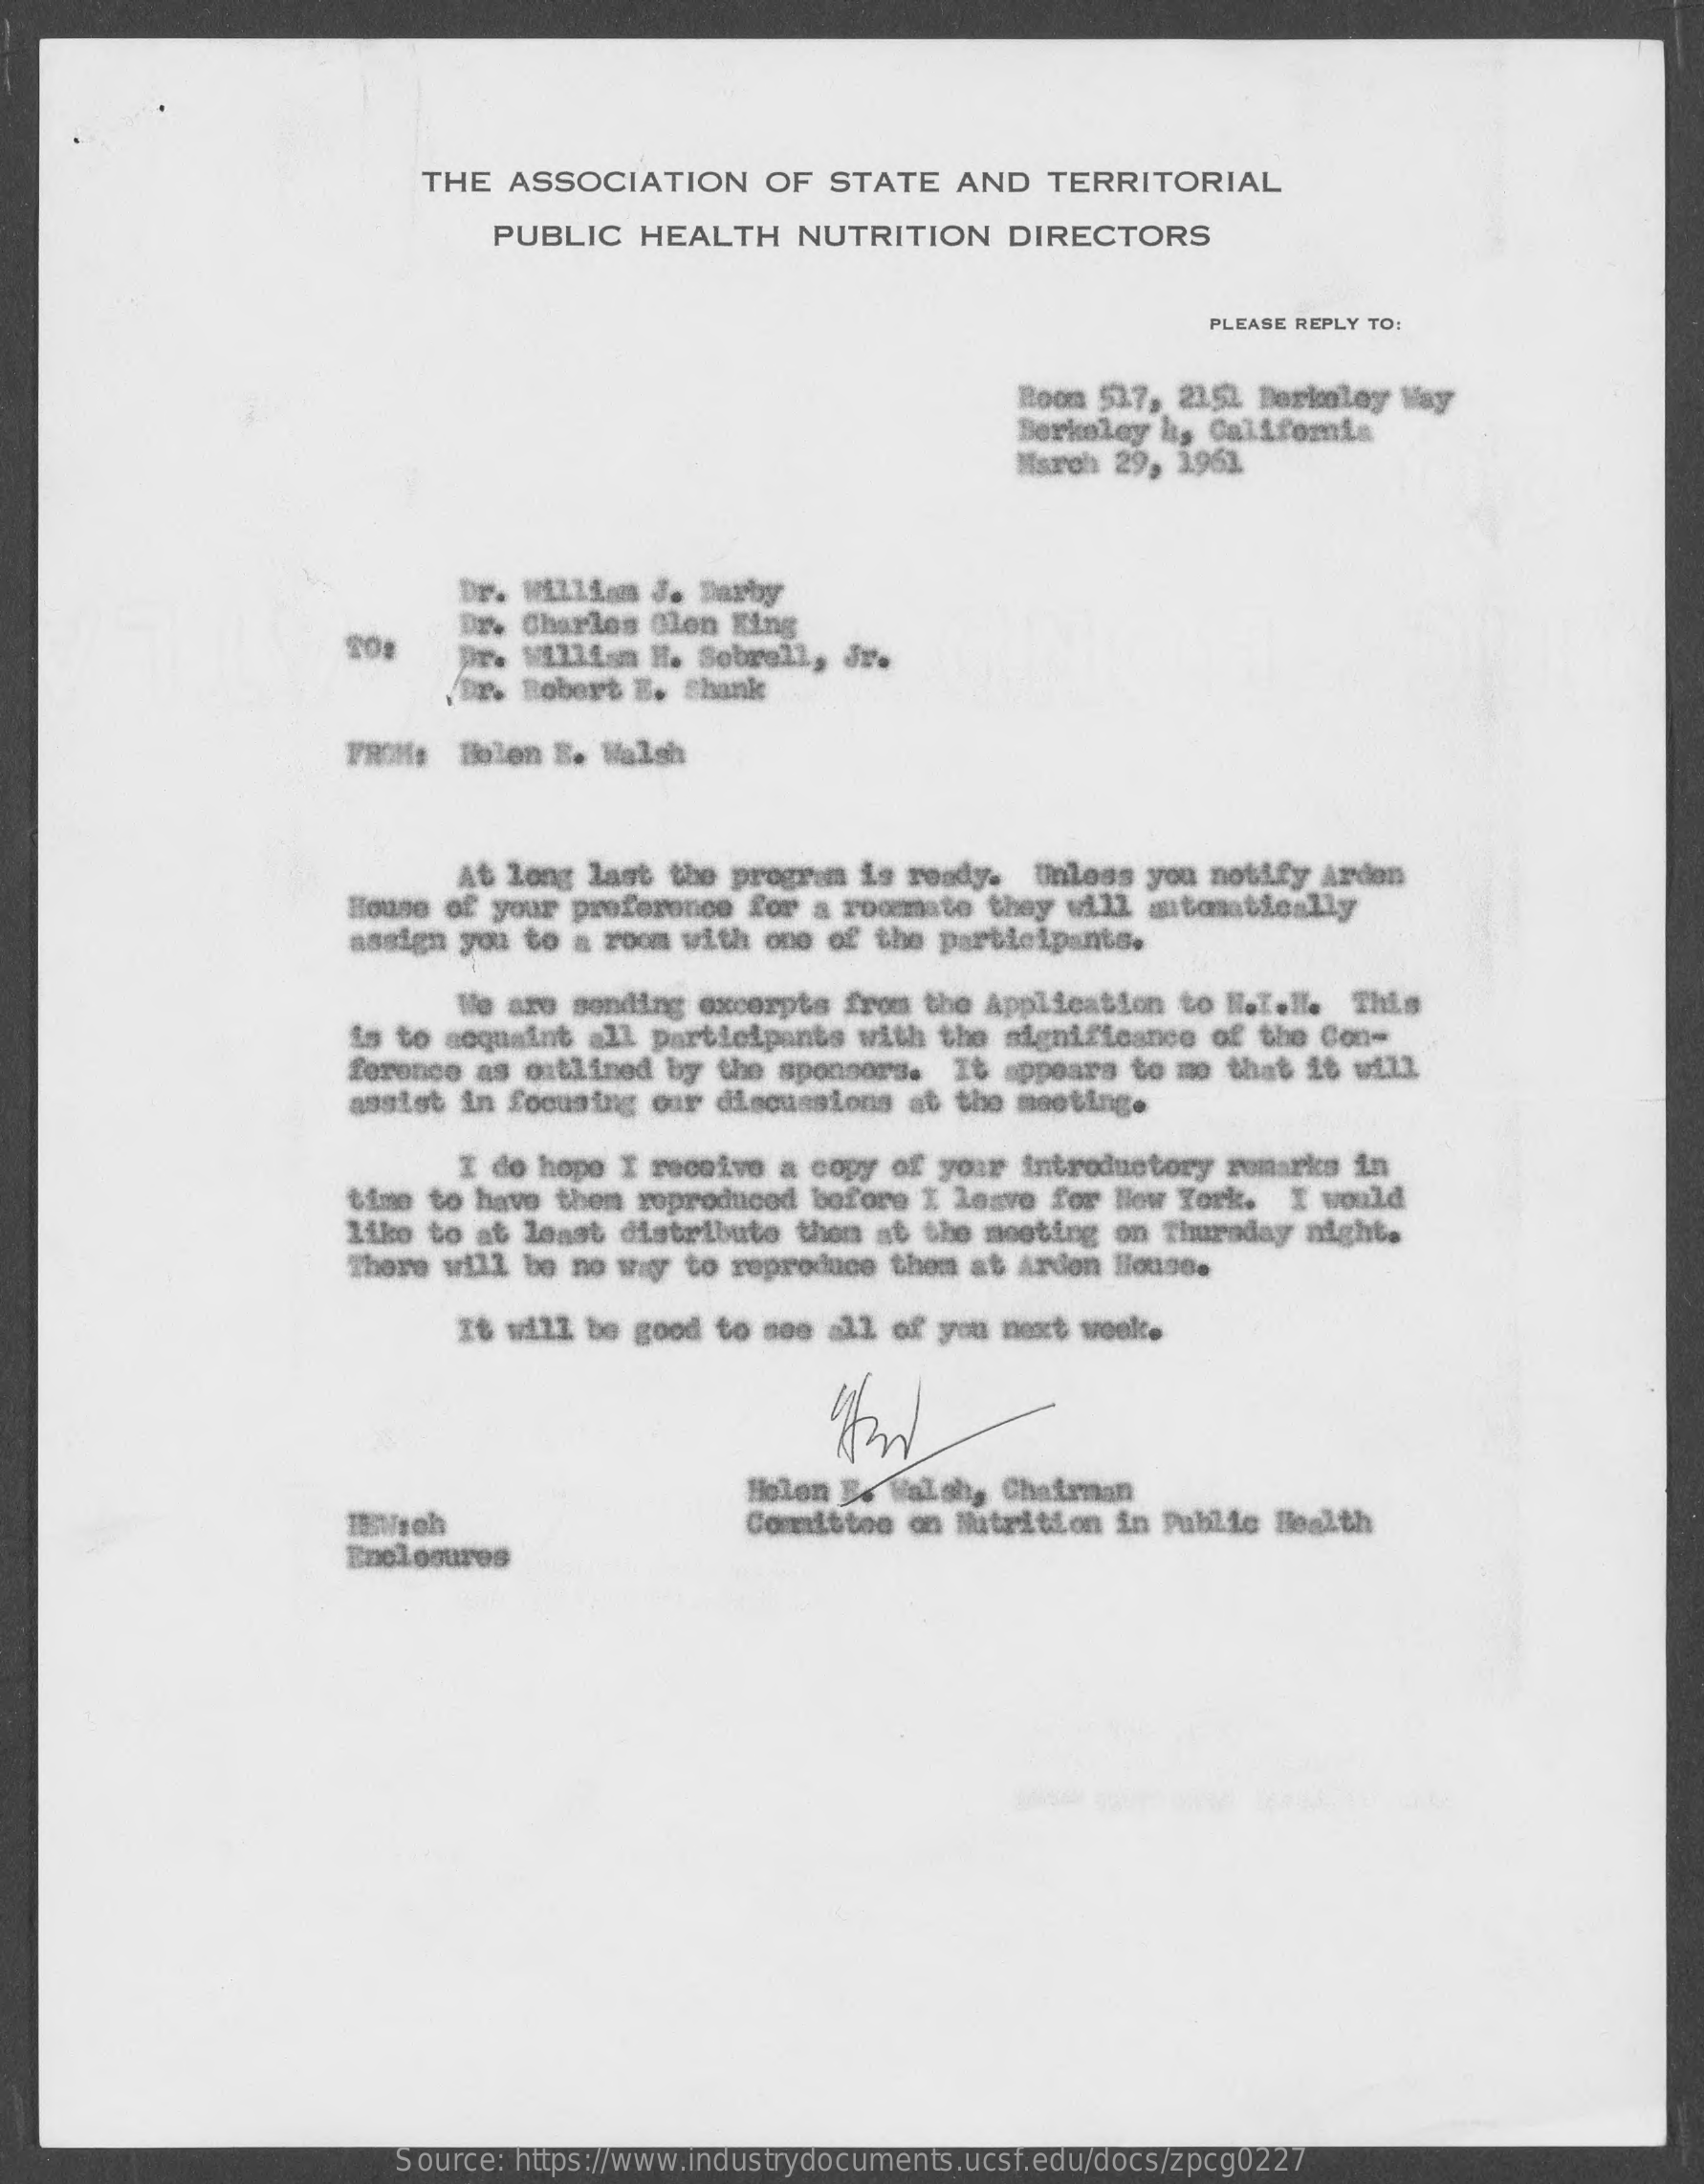
THE  ASSOCIATION    OF  STATE   AND   TERRITORIAL
     PUBLIC   HEALTH    NUTRITION    DIRECTORS
     PLEASE REPLY TO:
     Room 517, 2351  Berkeley Way
     Berkeley h, California
     March 29, 1961.
     Dr. William J. Barby
     Dr. Charles Clon King
     Dr. William H. Sobrell,  Jr.
     VDr. Robert E. Shank
     FROM:  Bien  B. Walsh
     At long last the program  is ready.  Unless you notify  Arden
     House of your preference  for a roommate they will  automatically
     assign you to a room with  one of the participants.
     We are sending excerpts  from the Application  to N.l.l.  This
     is to acquaint all participants  with the significance  of the Con-
     ference as outlined by  the sponsors.  It appears to me  that it will
     assist in focusing our  discussions at the meeting.
     I do hope I receive  a copy of your introductory  remarks in
     time to have them reproduced  before I leave for New York.   I would
     like to at least distribute  thon at the meeting on Thursday  night.
     There will be no way to reproduce  them at Ardon House.
     It will be good to see  all of you next week.
     Holen Be Walsh, Chairman
     Committee on Nutrition in Public  Health
     Enclosures
     Source: https://www.industrydocuments.ucsf.edu/docs/zpcg0227